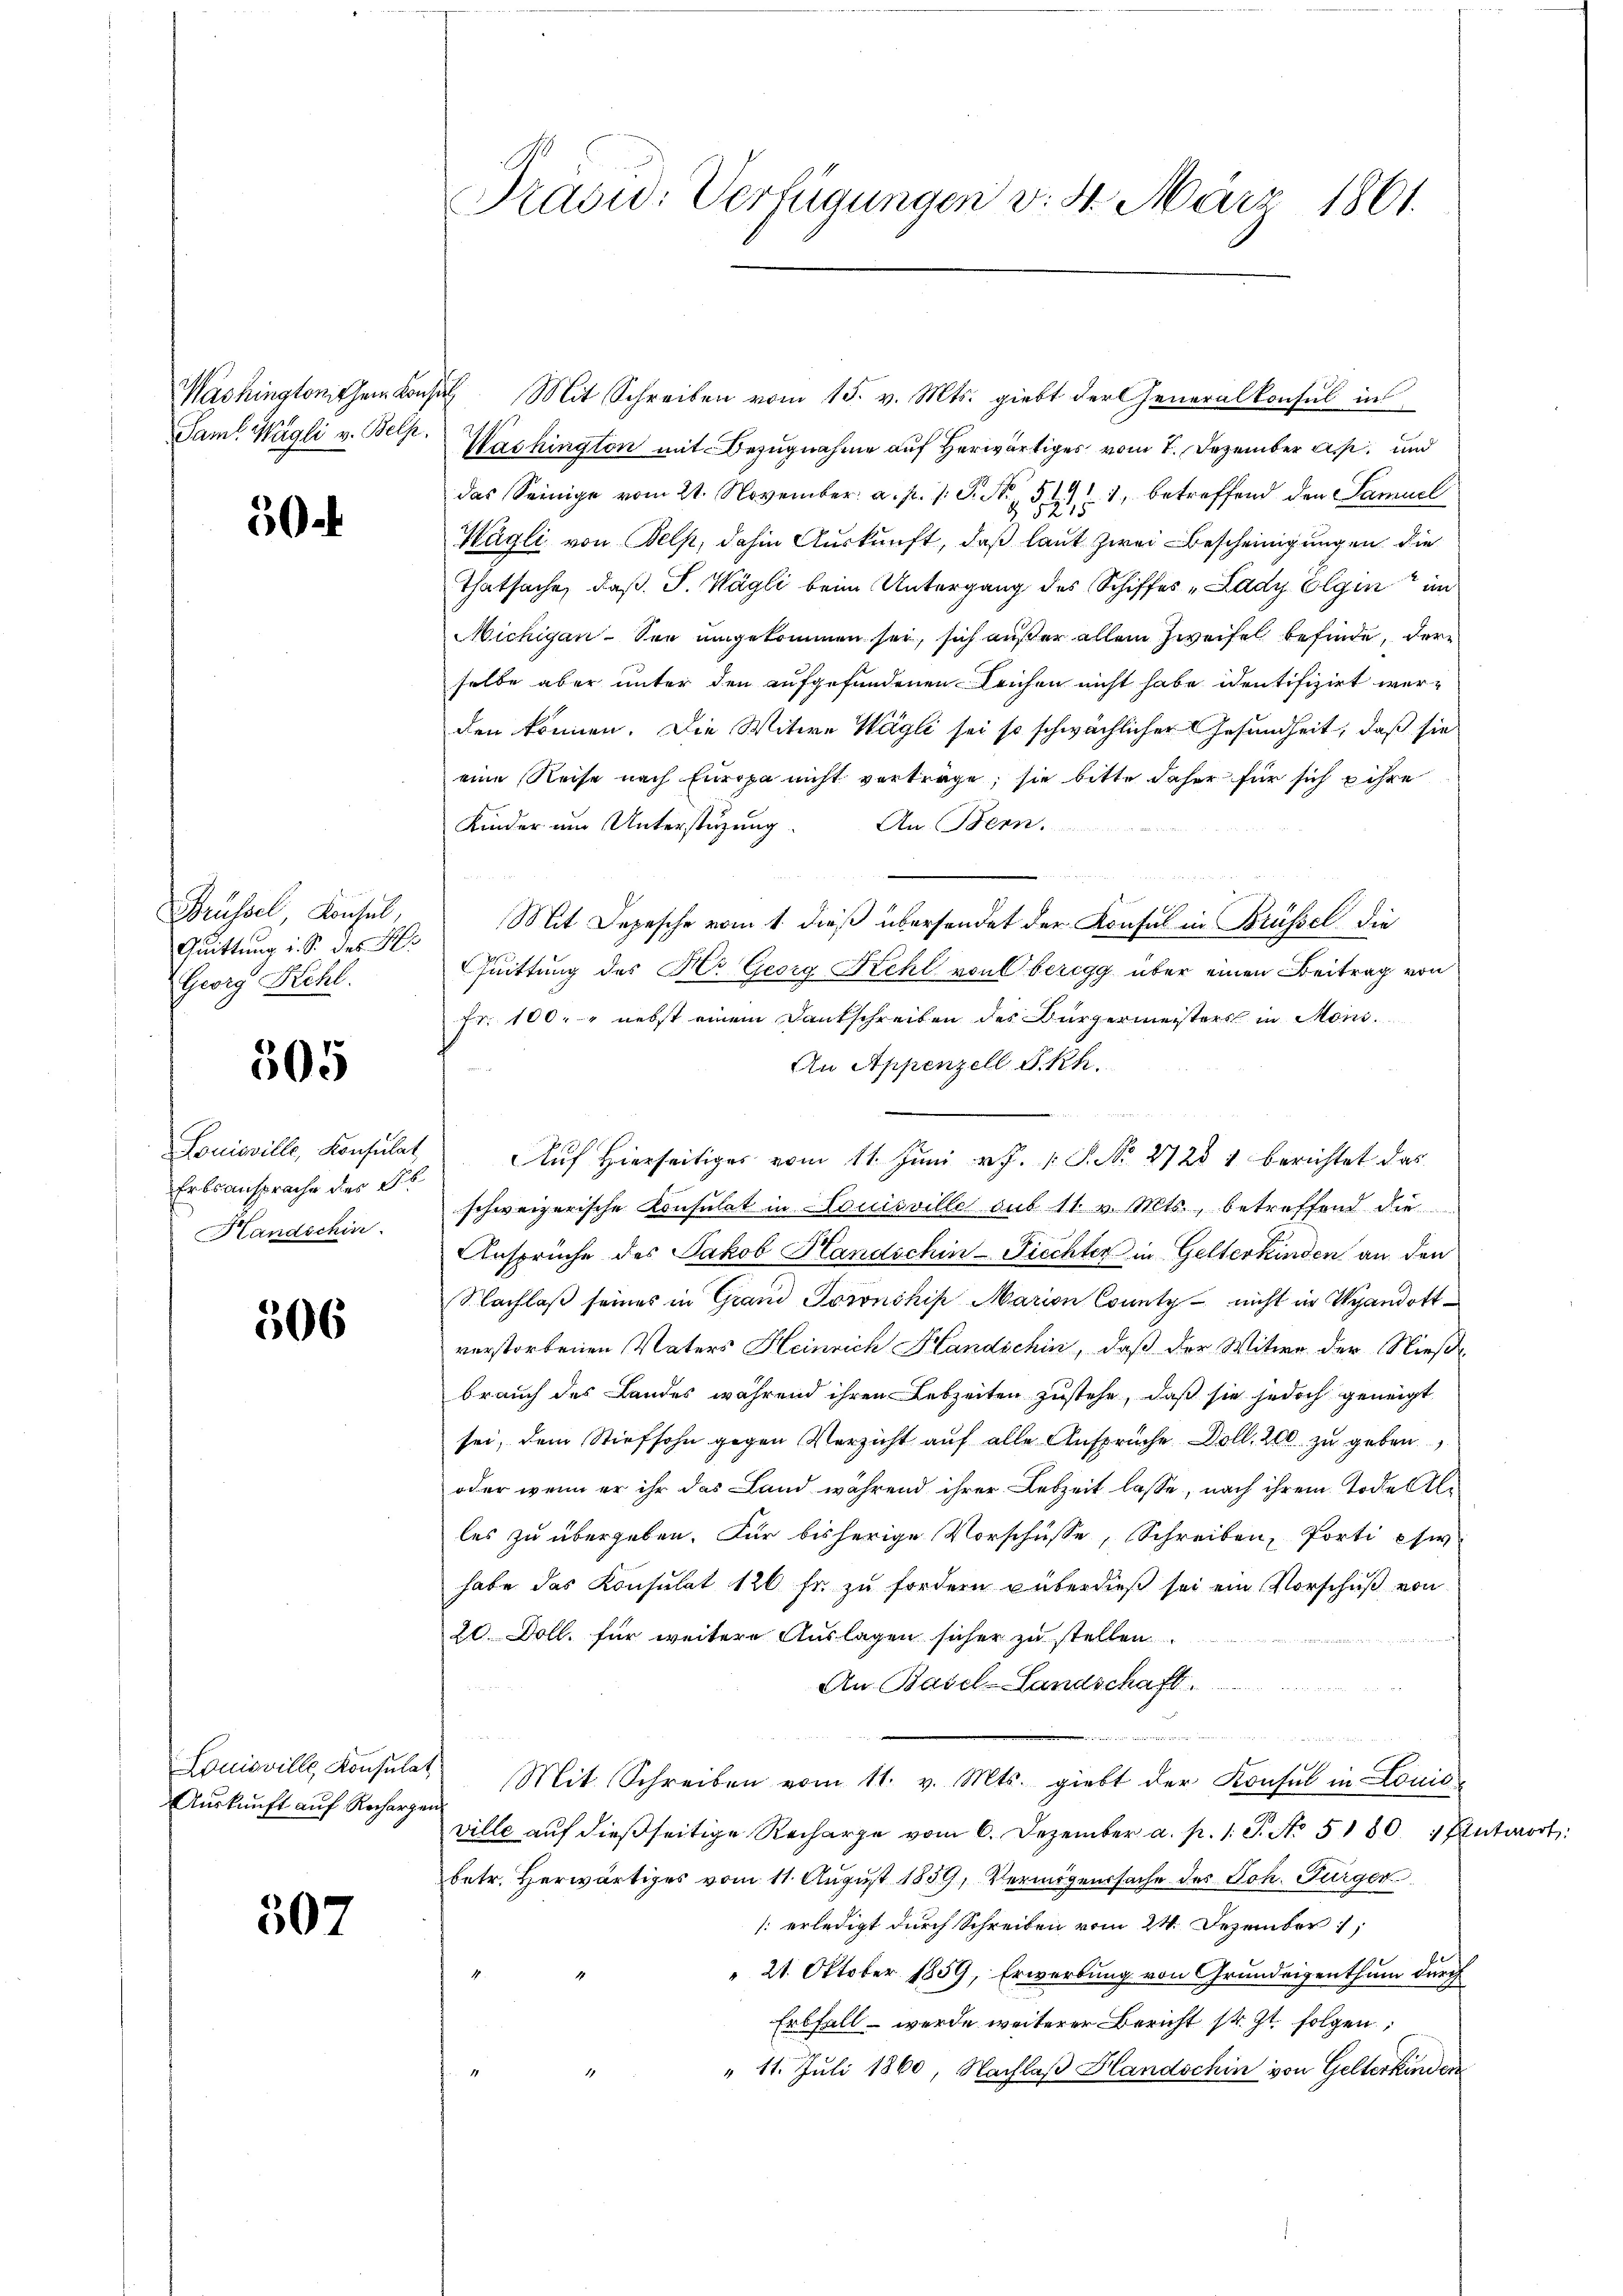
Washingtonischem Consin
Saml Wägli v. Belh.

50.

Brüssel, Konsul,
Quittung i. S. des H
Georg Röhl.

505

Louisville, Konsulat
Erbsansprache der St
Handschin

506

Louisville, Konsulat
Auskunft auf Rechargen

507

Prasid: Verfügungen v. 4. März 1861.

Mit Schreiben vom 15. v. Mts. giebt der Generalkonsul in
Washington mit Bezugnahme auf herwärtiges vom 7. Dezember a. und
das Seinige vom 21. November. a. p. 1. P. Nr. 51, betreffend den Samuel
Wägli von Belp, dahin Auskunft, daß laut zwei Bescheinigungen die
Thatsache, daß J. Wägli beim Untergang des Schiffes „Lady Olgin im
Michigan. Sie umgekommen sei, sich außer allein Zweifel befinde, dere
selbe aber unter den aufgefundenen leichen nicht habe identifizirt werden können. Die Witwe Wägli sei so schwächlicher Gesundheit, daß sie
eine Reise nach Europa nicht vorträge, sie bitte daher für sich ihre
Kinder um Unterstüzung. An Bern.
Mit Depesche vom 1. dieß übersendet der Konsul in Brüssel die
Quittung des Hr. Georg Kehl von Oberegg über einen Beitrag von
Fr. 100. - nebst einem Dankschreiben des Bürgermeisters in Mons.
An Appenzell I.Rh.
Auf hierseitiges vom 11. Juni v. J. P. Nr. 27281 berichtet das
schweizerische Konsulat in Louisville sub 11. v. Mts., betreffend die
Ansprüche des Jakob Handschin-Fiechter in Gelterkinden an den
Nachlaß seines in Grand Joronchis Marien County nicht in Wandott
verstorbenen Vaters Heinrich Handschin, daß der Witwe der Nießbrauch des Landes während ihren Lebzeiten zustehe, daß sie jedoch geneigt,
sei, dem Stiefsohn gegen Verzicht auf alle Ansprüche Doll. 200 zu geben.
oder wenn er ihr das Land während ihrer Lebzeit lasse, nach ihrem Tode Alles zu übergeben. Für bisherige Vorschüsse, Schreiben, Porti usw.
habe das Konsulat 120 fr zu fordern überdieß sei ein Vorschuß von
20 Doll. für weitere Auslagen sicher zu stellen.
An Basel-Landschaft.
un
n
Mit Schreiben vom 11. v. Mts. giebt der Konsul in Louis
ville auf dießseitige Recharge vom 6. Dezember a. p. 1 S. No. 5180. 1 Antwort:
betr. Herwärtiges vom 11. August 1859, Vermögenssache des Joh. Fürger
/: erledigt durch Schreiben vom 24. Dezember
" 21. Oktober 1859, Erwerbung von Grundeigenthum durch
Erbfall – werde weiterer Bericht sr. Zt. folgen,
" 11. Juli 1860, Nachlaß Handschin von Gelterkinden